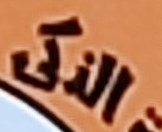
الذكى